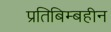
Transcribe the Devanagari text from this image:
प्रतिबिम्बहीन